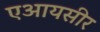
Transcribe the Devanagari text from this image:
एआयसीर